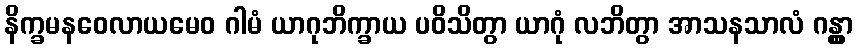
နိက္ခမနဝေလာယမေဝ ဂါမံ ယာဂုဘိက္ခာယ ပဝိသိတွာ ယာဂုံ လဘိတွာ အာသနသာလံ ဂန္တွာ